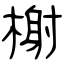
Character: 榭